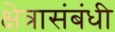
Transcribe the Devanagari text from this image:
क्षेत्रासंबंधी